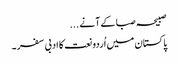
صبیحہ صبا کے آنے ...
پاکستان میں اُردو نعت کا ادبی سفر ۔